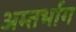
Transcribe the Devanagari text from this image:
अम्तर्भाग